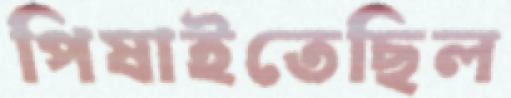
পিষাইতেছিল